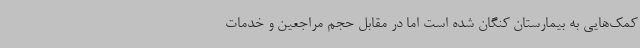
کمک‌هایی به بیمارستان کنگان شده است اما در مقابل حجم مراجعین و خدمات